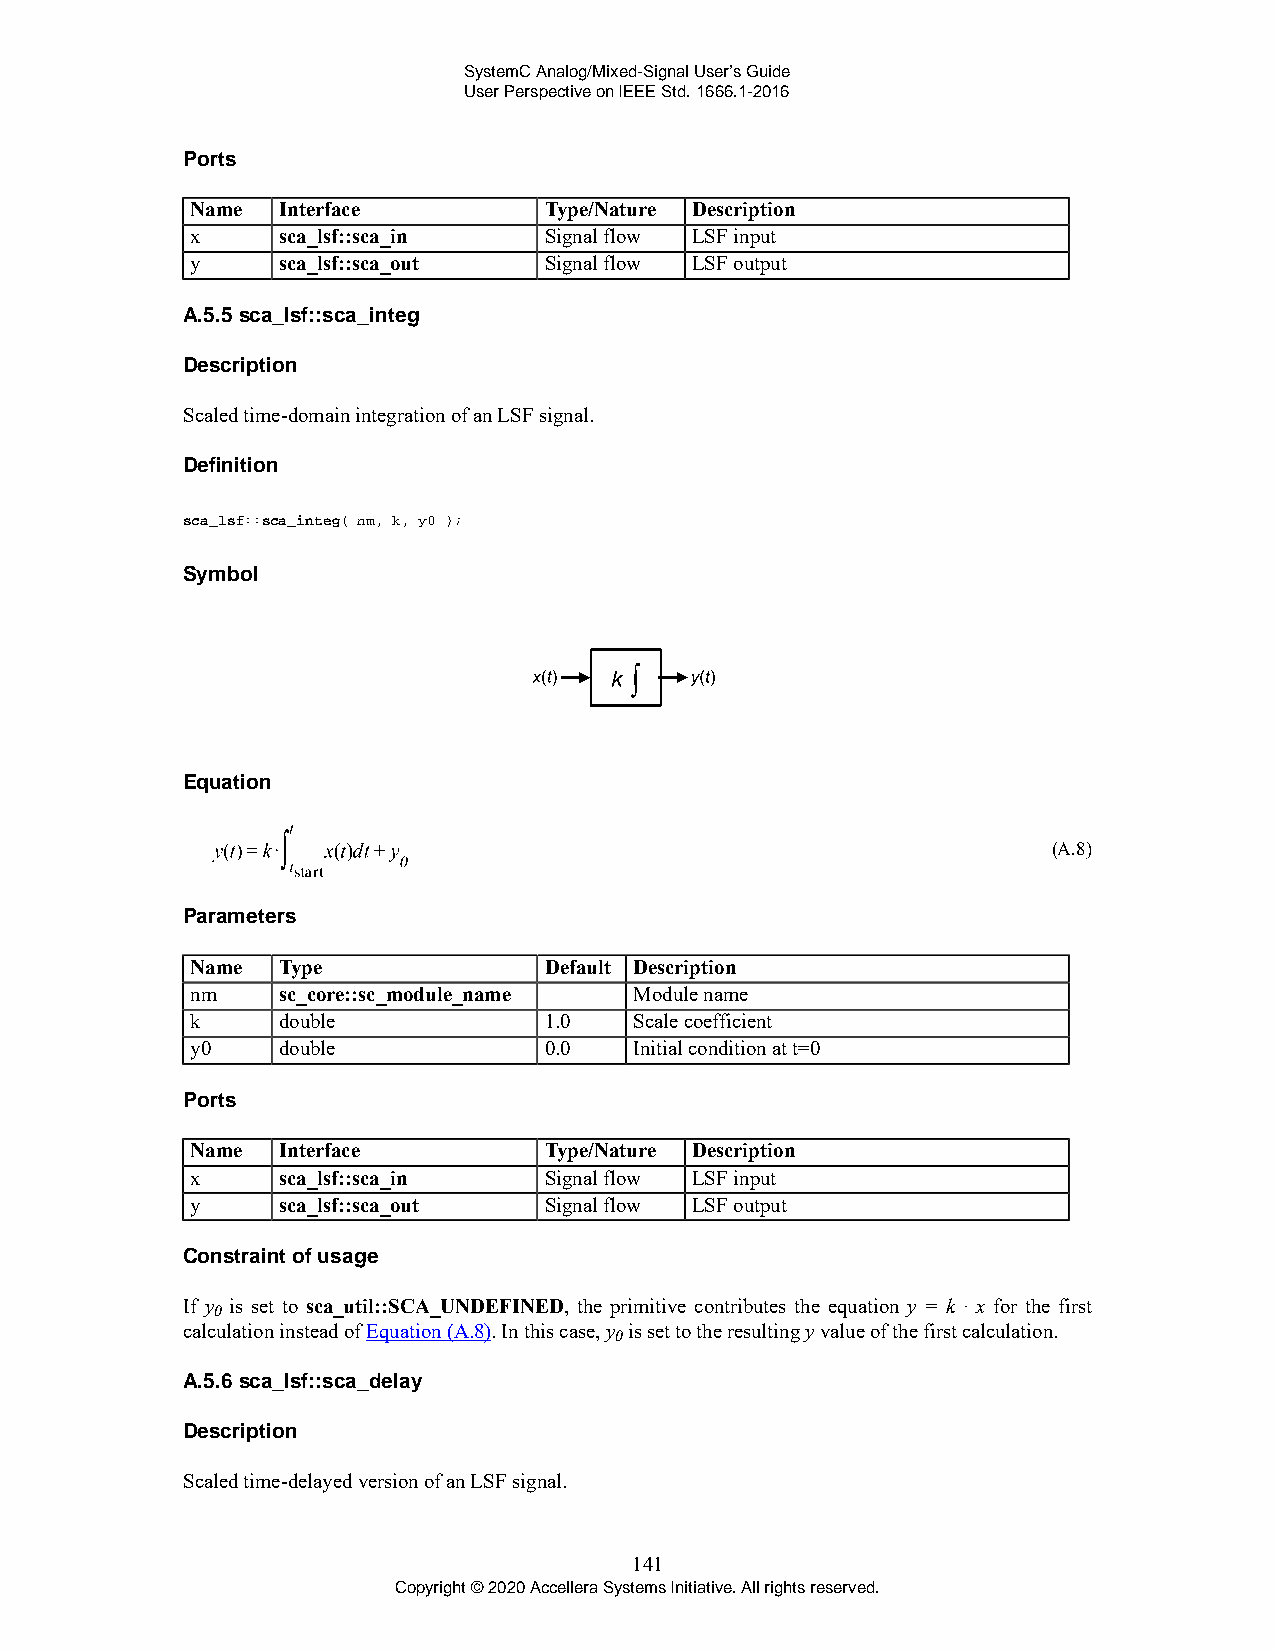
SystemC Analog/Mixed-Signal User’s Guide
 User Perspective on IEEE Std. 1666.1-2016
 Ports
 Name Interface         Type/Nature Description
 x    sca_lsf::sca_in   Signal flow LSF input
 y    sca_lsf::sca_out  Signal flow LSF output
 A.5.5 sca_lsf::sca_integ
 Description
 Scaled time-domain integration of an LSF signal.
 Definition
 sca_lsf::sca_integ( nm, k, y0 );
 Symbol
 Equation
 (A.8)
 Parameters
 Name Type              Default Description
 nm   sc_core::sc_module_name Module name
 k    double            1.0   Scale coefficient
 y0   double            0.0   Initial condition at t=0
 Ports
 Name Interface         Type/Nature Description
 x    sca_lsf::sca_in   Signal flow LSF input
 y    sca_lsf::sca_out  Signal flow LSF output
 Constraint of usage
 If y is set to sca_util::SCA_UNDEFINED, the primitive contributes the equation y = k · x for the first
 0
 calculation instead of Equation (A.8). In this case, y is set to the resulting y value of the first calculation.
 0
 A.5.6 sca_lsf::sca_delay
 Description
 Scaled time-delayed version of an LSF signal.
 141
 Copyright © 2020 Accellera Systems Initiative. All rights reserved.